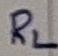
Text: RL